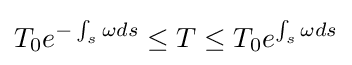
T_{0}e^{-\int _{s}\omega ds}\leq T\leq T_{0}e^{\int _{s}\omega ds}